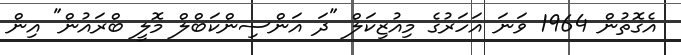
އެގޮތުން 1964 ވަނަ އަހަރުގެ މިއުޒިކަލް "ދަ އަންސިންކަބްލް މޮލީ ބްރައުން" އިން